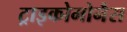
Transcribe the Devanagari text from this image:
ट्राइकोमोनैस